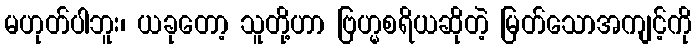
မဟုတ်ပါဘူး၊ ယခုတော့ သူတို့ဟာ ဗြဟ္မစရိယဆိုတဲ့ မြတ်သောအကျင့်ကို